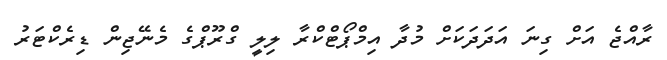
ރާއްޖެ އަށް ގިނަ އަދަދަކަށް މުދާ އިމްޕޯޓްކްރާ ލިލީ ގްރޫޕްގެ މެނޭޖިން ޑިރެކްޓަރު